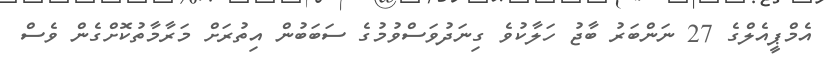
އެމްޕީއެލްގެ 27 ނަންބަރު ބާޖު ހަލާކުވެ ގިނަދުވަސްވުމުގެ ސަބަބުން އިތުރަށް މަރާމާތުކޮށްގެން ވެސް